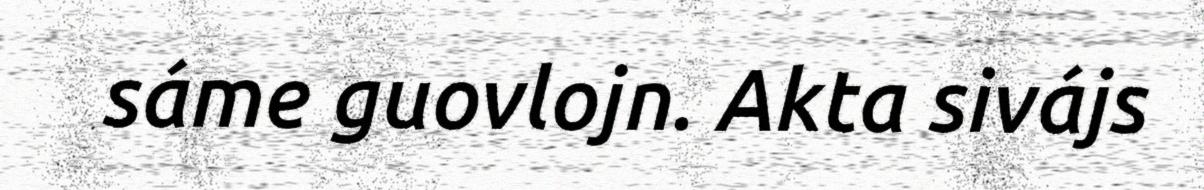
sáme guovlojn. Akta sivájs